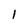
Character: l